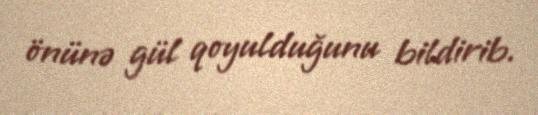
önünə gül qoyulduğunu bildirib.